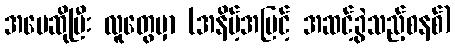
အမေဆိုပြီး လူတွေမှာ (အနိမ့်အမြင့် အဆင့်ခွဲသည့်စနစ်)